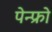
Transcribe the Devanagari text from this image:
पेन्फ्रो